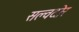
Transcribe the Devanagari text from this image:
सल्वदोर